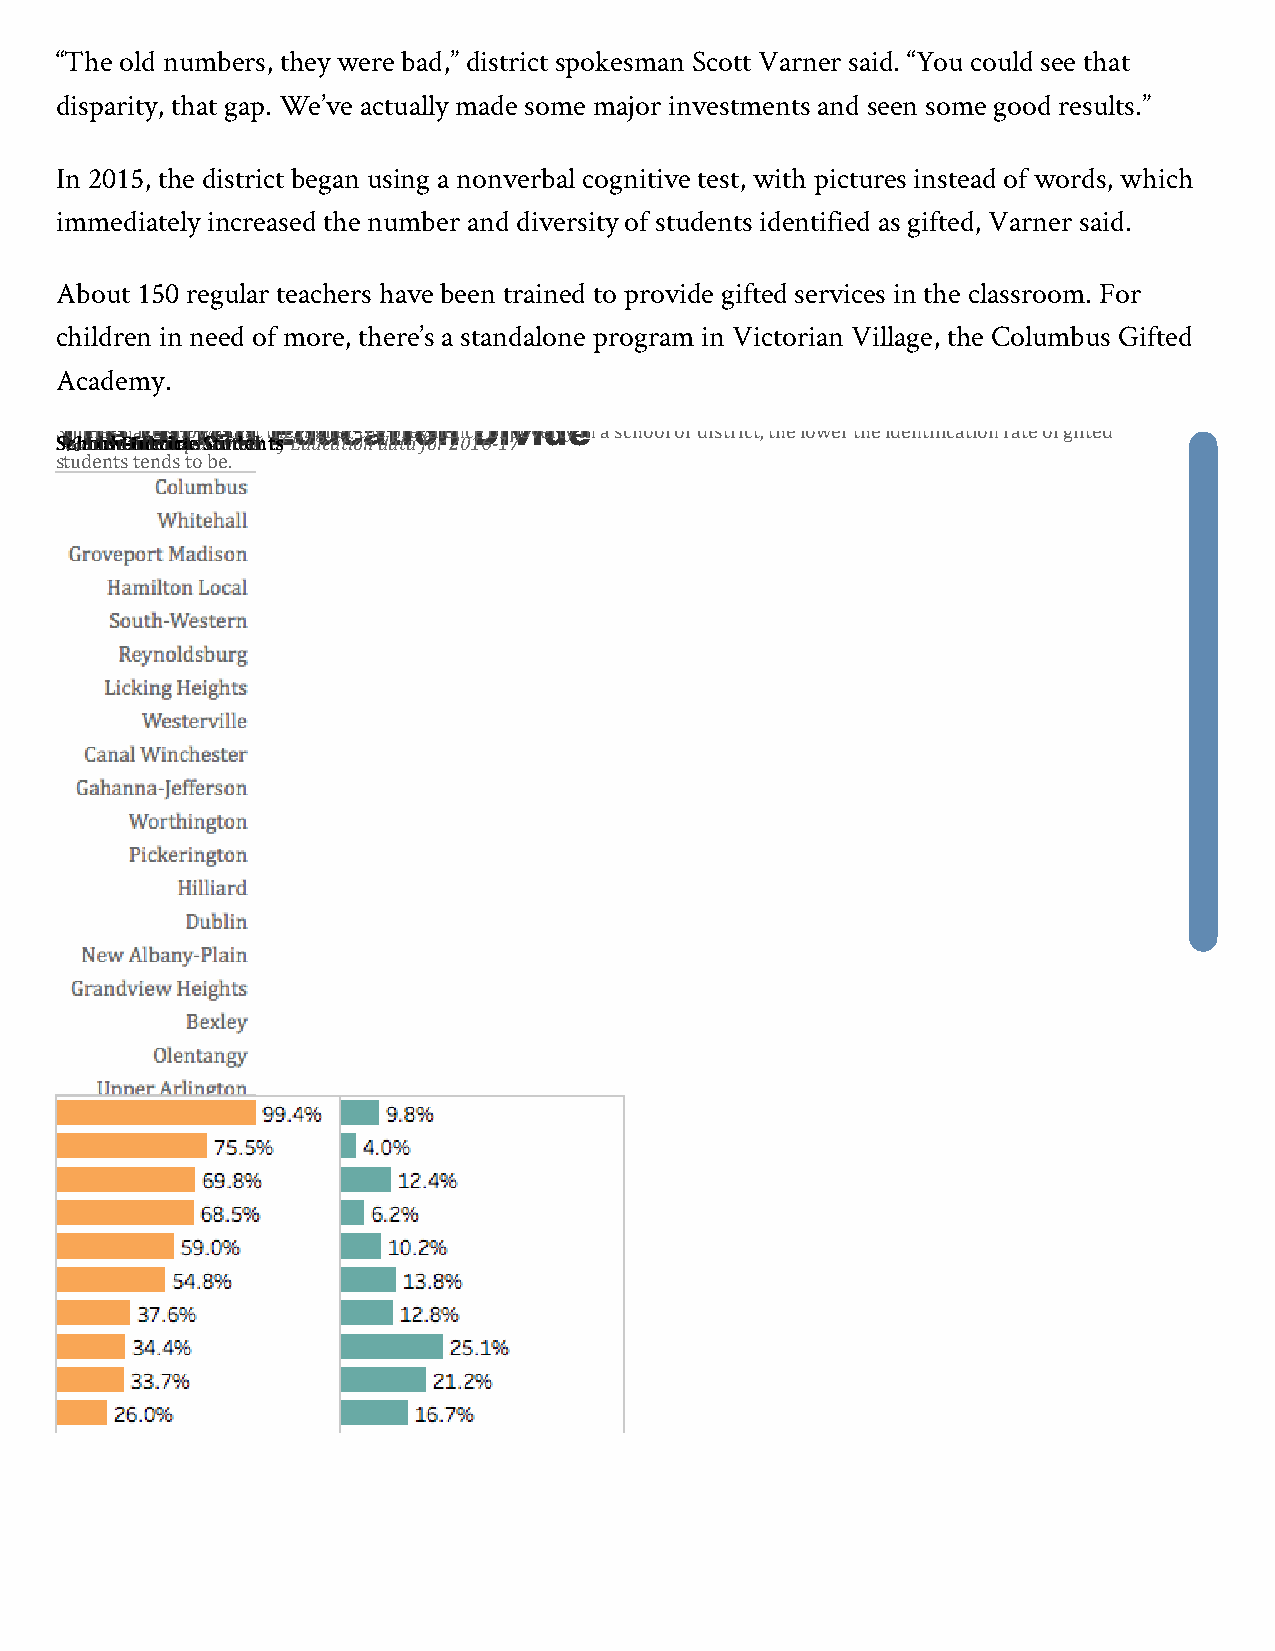
“The old numbers, they were bad,” district spokesman Scott Varner said. “You could see that
 disparity, that gap. We’ve actually made some major investments and seen some good results.”
 In 2015, the district began using a nonverbal cognitive test, with pictures instead of words, which
 immediately increased the number and diversity of students identified as gifted, Varner said.
 About 150 regular teachers have been trained to provide gifted services in the classroom. For
 children in need of more, there’s a standalone program in Victorian Village, the Columbus Gifted
 Academy.
 TStuhdiees h aGve sihfotwen tdhat tEhed higuhecr tahe tprieovanlen cDe ofi pvoviedrtye in a school or district, the lower the identi7ication rate of gifted
 SS%%ocuh rILodcooeewl:n DO-tIhiins6iioctero Ddimc eatpesa SGrttiumftdeeendnt tosf Education data for 2016-17
 students tends to be.
 About Tableau
 Undo